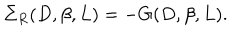
\Sigma _ { R } ( D , \beta , L ) = - G ( D , \beta , L ) .